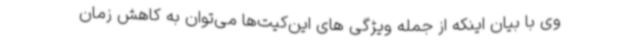
وی با بیان اینکه از جمله ویژگی های این‌کیت‌ها می‌توان به کاهش زمان